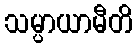
သမ္ပာယာမီတိ